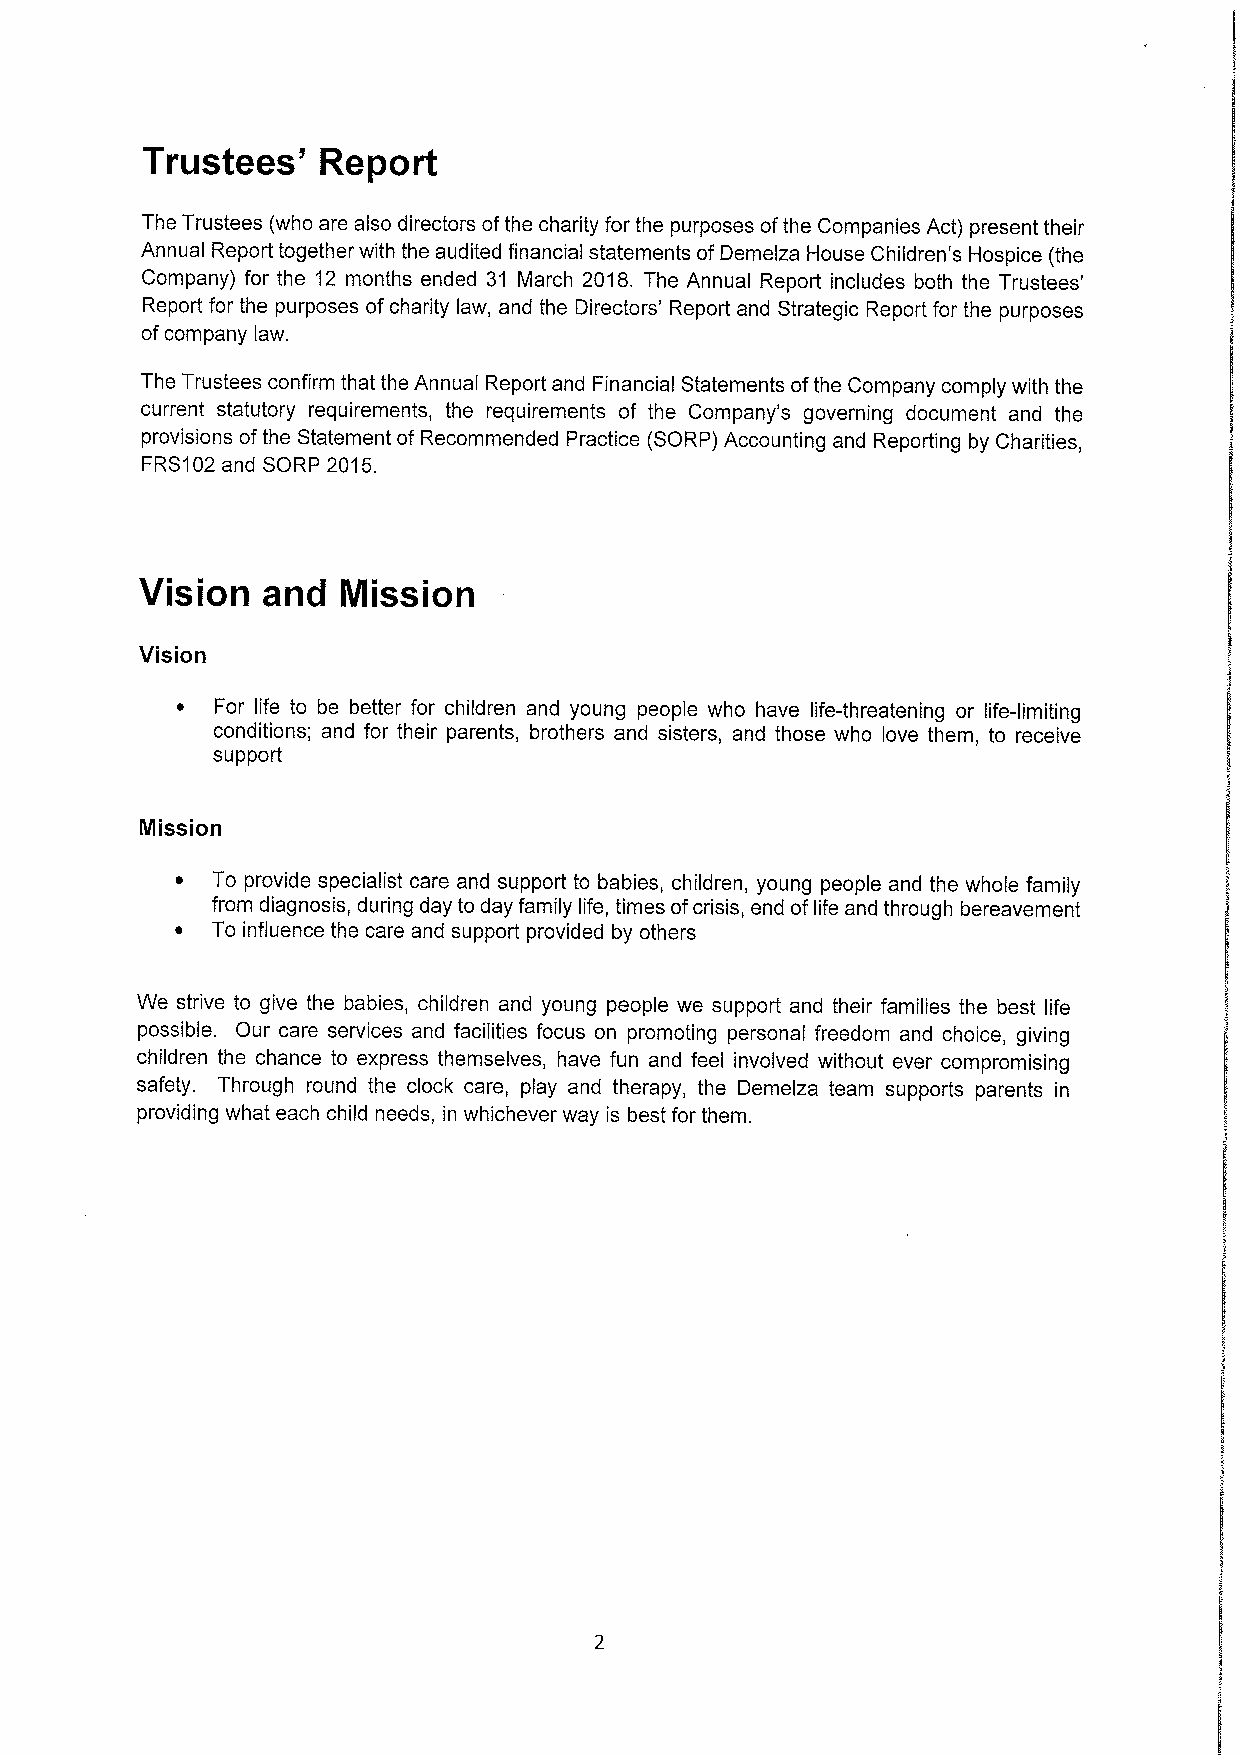
Trustees'   Report
 The Trustees (who are also directors ofthe charity for the purposes ofthe Companies Act) present their
 Annual Report together with the audited financial statements ofDemelza House Children's Hospice (the
 Company) for the 12 months ended 31 March 2018. The Annual Report includes both the Trustees'
 Report for the purposes ofcharity law, and the Directors' Report and Strategic Report for the purposes
 ofcompany law.
 The Trustees confirm that the Annual Report and Financial Statements ofthe Company comply with the
 current statutory requirements, the requirements of the Company's governing document and the
 provisions ofthe Statement of Recommended Practice (SORP) Accounting and Reporting by Charities,
 FRS102and SORP 2015.
 Vision  and   Mission
 Vision
 ~ For life to be better for children and young people who have life-threatening or life-limiting
 conditions; and for their parents, brothers and sisters, and those who love them, to receive
 support
 Mission
 ~ To provide specialist care and support to babies, children, young people and the whole family
 from diagnosis, during day to day family life, times ofcrisis, end oflife and through bereavement
 ~ To influence the care and support provided by others
 We strive to give the babies, children and young people we support and their families the best life
 possible. Our care services and facilities focus on promoting personal freedom and choice, giving
 children the chance to express themselves, have fun and feel involved without ever compromising
 safety. Through round the clock care, play and therapy, the Demelza team supports parents in
 providing what each child needs, in whichever way is best for them.